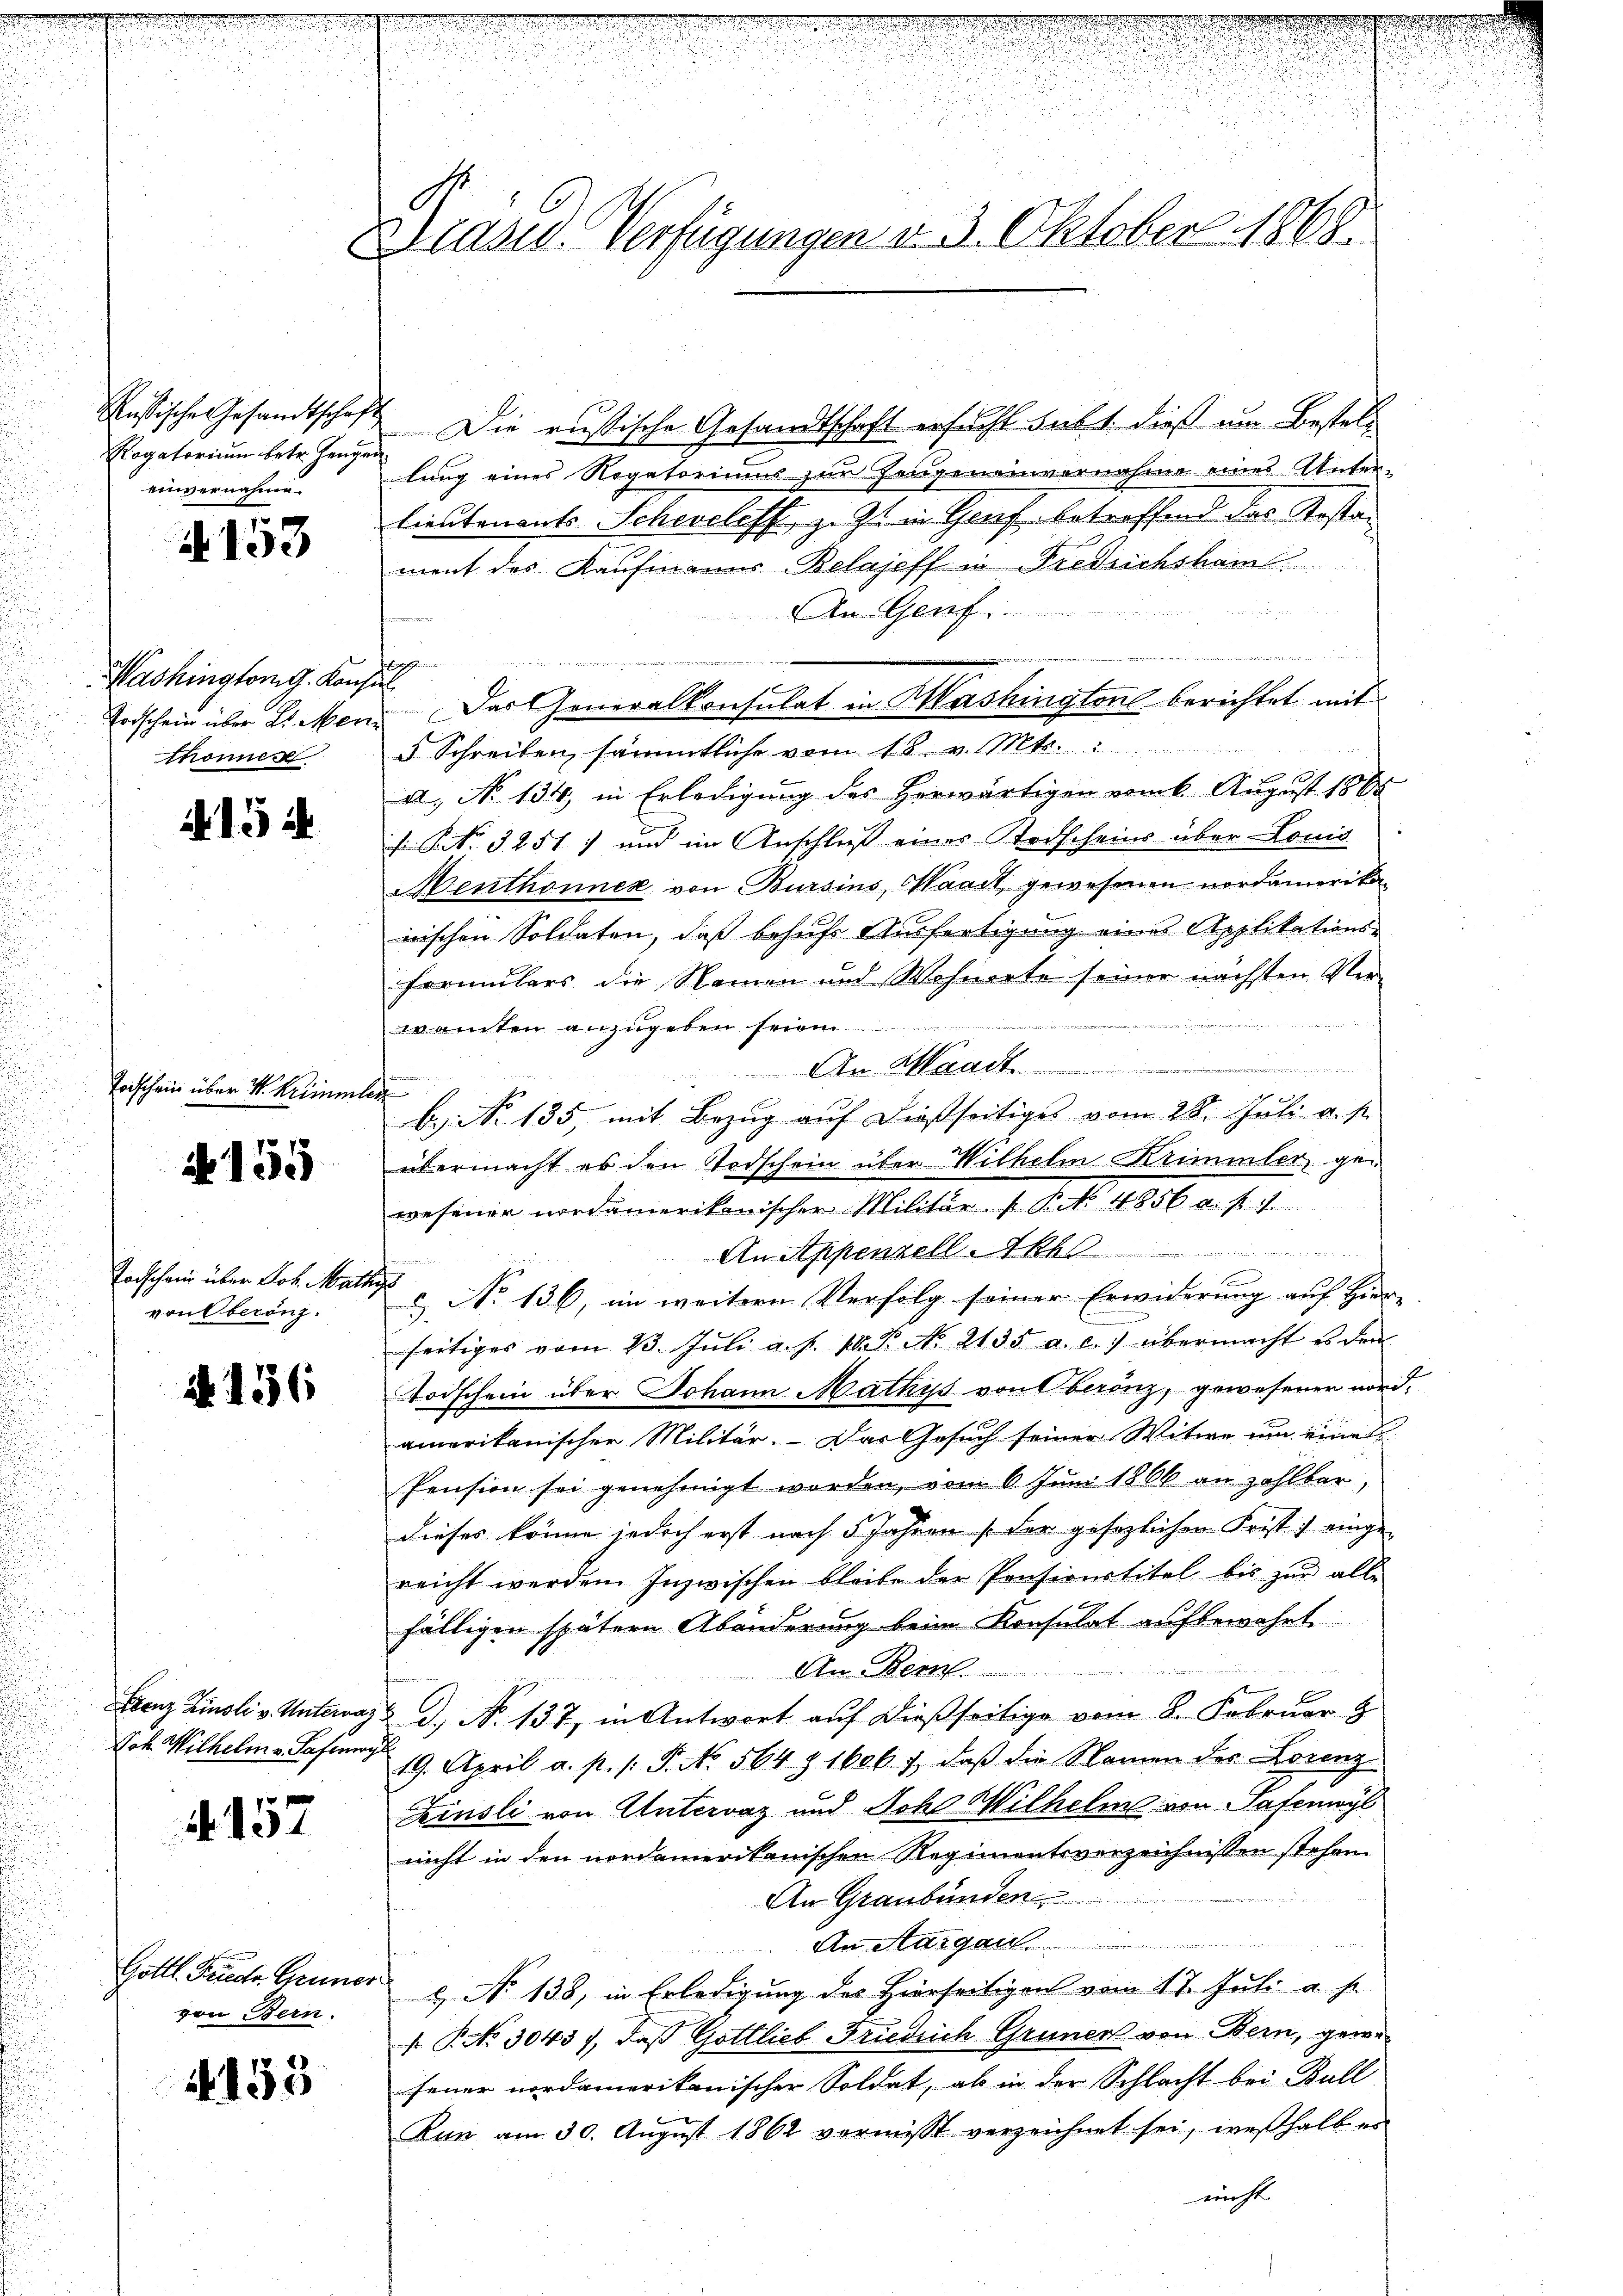
Russische Gesandtschaft
Rogatorium betr. Zeugen
einvernahme.

d
A 150

Washingtom g. Konse
Forschein über Dr. Men
hönnen

A 15 d

Todschein über k. Krimme

s
N 15

Todschein über Joh. Mat
von Oberönz.

26. 156

Frenz Zinsli v. Unterva¬
Noh Wilhelm v. Safiner

4157

Gottl. Frieder Gruner
von Bern.

155

Präses Verfügungen v. 3. Oktober 1868.

Die russische Gesandtschaft ersucht subt. dieß um Bestellung eines Rogatoriums zur Zeugeneinvernahme eines Anten-
Lieutenants Scheveloff z. Z. in Genf betreffend das Kostan
ment des Kaufmanns-Belajeff in Fredlichsham.
n
An Genf
   der
u
Das Generalkonsulat in Washington berichtet mit
d. Schreiben sämmtliche vom 4. K. v. Mts.
a, No 134, in Erledigung des Horwärtigen vom 6. August 1865
 NNo. 3251) und im Anschluß eines Todscheins über Lonis
Menthonner von Bursins Waadt, gewesenen nordamerikan
nischen Soldaten, daß behufs Ausfertigung eines Applikations-
Formulars die Namen und Wohnorte seiner nächsten Ver-
wanten anzugeben seien
e
Am Waadt
e
b. No 135, mit Bezug auf dießseitiges vom 28. Juli u. s.
übermacht es den Todschein über Wilhelm Krimmler gewesener nordamerikanischer Militär (§ 4856 a. f. 1
An Appenzell Akl
.
s
& No 136, im weitere Verfolg seiner Erwiderung auf Hier- |
seitiges vom 23. Juli a. p. 18. P. No. 2135. a. c.) übermacht es den
Todschein über Johann Mathys von berenz, gewesener nordamerikanischen Militär. Das Gesuch seiner Witwe um eines
Pension sei genehmigt worden, vom 6. Juni 1866 an zahlbar,
dieses könne jedoch erst nach 5 Jahren so der gesezlichen Frist) einge-
reicht werden. Inzwischen bleibe der Pensionstitel bis zŭr alle
fälligen spätern Abänderung beim Konsulat aufbewahrt
An Bern.

d. No 137, in Antwort auf dießseitige vom 8. Februar 8
19. April a. p. /: P. No. 564 § 1606, daβ die Namen des Lorenz
Finsli von Untervaz und Joh. Wilhelm von Patenwyl
nicht in den nordamerikanischen Regimentsverzeichnissen stehen.
An Graubünden

.
An Aargau.
e
2 No 138, in Erledigung des Hierseitigen vom 17. Juli a. s.
 P. No. 3043), daß Gottlieb Friedrich Grünen von Bern, gewefeuer nordamerikanischer Soldat, ab in der Schlacht bei Bull
Kun am 30. Aŭgŭst 1862 vermisst verzeichnet sei, weshalb es
nicht